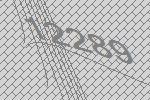
12289